Annual administration and progress report of the Indian Medical Department, Bombay
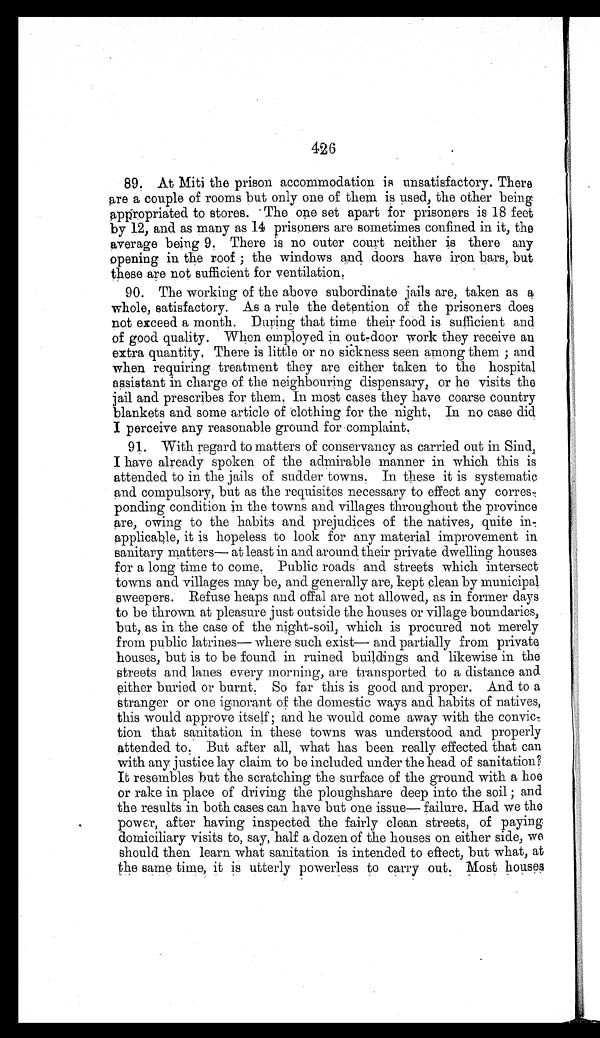
426
89. At Miti the prison accommodation is unsatisfactory. There
are a couple of rooms but only one of them is used, the other being
a ppropriated to stores. The one set apart for prisoners is 18 feet
by 12, and as many as 14 prisoners are sometimes confined in it, the
average being 9. There is no outer court neither is there any
opening in the roof; the windows and doors have iron bars, but
these are not sufficient for ventilation.
90. The working of the above subordinate jails are, taken as
a whole, satisfactory. As a rule the detention of the prisoners does
not exceed a month. During that time their food is sufficient and
of good quality. When employed in out-door work they receive an
extra quantity. There is little or no sickness seen among them; and
when requiring treatment they are either taken to the hospital
assistant in charge of the neighbouring dispensary, or he visits the
jail and prescribes for them. In most cases they have coarse country
blankets and some article of clothing for the night. In no case did
I perceive any reasonable ground for complaint.
91. With regard to matters of conservancy as carried out in Sind,
I have already spoken of the admirable manner in which this is
attended to in the jails of sudder towns. In these it is systematic
and compulsory, but as the requisites necessary to effect any corres-
ponding condition in the towns and villages throughout the province
are, owing to the habits and prejudices of the natives, quite in
- a p p l i c a
b l e , i t i s h o p e l e s s t o l o o k f o r a n y m a t e r i a l i m p r o v e m e n t i n
sanitary matters—at least in and around their private dwelling houses
for a long time to come. Public roads and streets which intersect
towns and villages may be, and generally are, kept clean by municipal
sweepers. Refuse heaps and offal are not allowed, as in former days
to be thrown at pleasure just outside the houses or village boundaries,
but, as in the case of the night-soil, which is procured not merely
from public latrines—where such exist—and partially from private
houses, but is to be found in ruined buildings and likewise in the
streets and lanes every morning, are transported to a distance and
either buried or burnt. So far this is good and proper. And to a
stranger or one ignorant of the domestic ways and habits of natives,
this would approve itself; and he would come away with the convic
- t i o n t h a t s a n i t a t i o n i n t h e s e t o w n s w a s u n d e r s t o o d a n d p r o p e r l y
attended to. But after all, what has been really effected that can
with any justice lay claim to be included under the head of sanitation?
It resembles but the scratching the surface of the ground with a hoe
or rake in place of driving the ploughshare deep into the soil; and
the results in both cases can have but one issue—failure. Had we the
power, after having inspected the fairly clean streets, of paying
domiciliary visits to, say, half a dozen of the houses on either side, we
should then learn what sanitation is intended to effect, but what, at
the same time, it is utterly powerless to carry out. Most houses